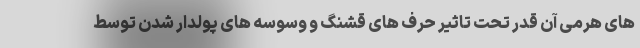
های هرمی آن قدر تحت تاثیر حرف های قشنگ و وسوسه های پولدار شدن توسط